Scottish Certificate of Education, 1963
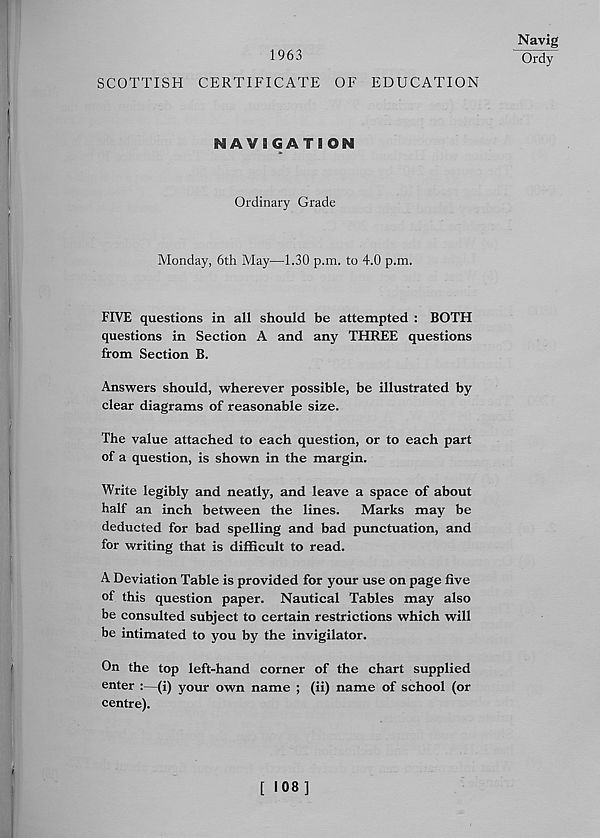
1963
SCOTTISH CERTIFICATE OF EDUCATION
Navig
Ordy
NAVIGATION
Ordinary Grade
Monday, 6th May—1.30 p.m. to 4.0 p.m.
FIVE questions in all should be attempted : BOTH
questions in Section A and any THREE questions
from Section B.
Answers should, wherever possible, be illustrated by
clear diagrams of reasonable size.
The value attached to each question, or to each part
of a question, is shown in the margin.
Write legibly and neatly, and leave a space of about
half an inch between the lines. Marks may be
deducted for bad spelling and bad punctuation, and
for writing that is difficult to read.
A Deviation Table is provided for your use on page five
of this question paper. Nautical Tables may also
be consulted subject to certain restrictions which will
be intimated to you by the invigilator.
On the top left-hand corner of the chart supplied
enter :—(i) your own name ; (ii) name of school (or
centre).
[ 108]